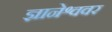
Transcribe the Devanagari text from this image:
ज्ञानेश्ववर